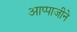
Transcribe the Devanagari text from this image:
आप्पाजीने